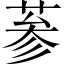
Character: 𦲞